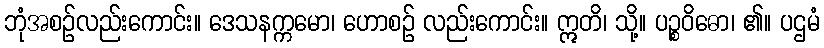
ဘုံအစဉ်လည်းကောင်း။ ဒေသနက္ကမော၊ ဟောစဉ် လည်းကောင်း။ ဣတိ၊ သို့။ ပဉ္စဝိဓော၊ ၏။ ပဌမံ